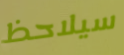
سيلاحظ